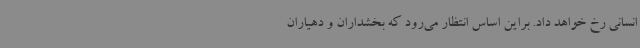
انسانی رخ خواهد داد. براین اساس انتظار می‌رود که بخشداران و دهیاران